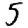
Digit: 5